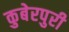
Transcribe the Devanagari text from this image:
कुबेरपुरी